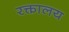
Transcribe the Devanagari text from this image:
रक्तालय